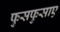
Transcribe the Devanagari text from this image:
फुसफुसाए